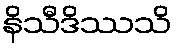
နိသီဒိဿသိ